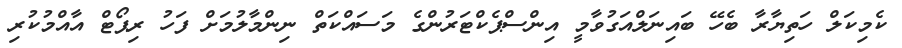
ކެމިކަލް ހަތިޔާރާ ބެހޭ ބައިނަލްއަގުވާމީ އިންސްޕެކްޓަރުންގެ މަސައްކަތް ނިންމާލުމަށް ފަހު ރިޕޯޓް އާއްމުކުރި